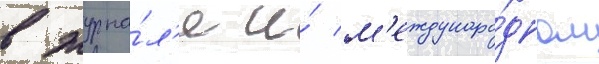
в журна́л'е и́ м'еждунаро́дном